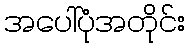
အပေါ်ပုံအတိုင်း